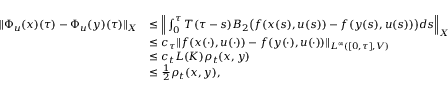
\begin{array} { r l } { \| \Phi _ { u } ( x ) ( \tau ) - \Phi _ { u } ( y ) ( \tau ) \| _ { X } } & { \leq \Big \| \int _ { 0 } ^ { \tau } T ( \tau - s ) B _ { 2 } \big ( f ( x ( s ) , u ( s ) ) - f ( y ( s ) , u ( s ) ) \big ) d s \Big \| _ { X } } \\ & { \leq c _ { \tau } \| f ( x ( \cdot ) , u ( \cdot ) ) - f ( y ( \cdot ) , u ( \cdot ) ) \| _ { L ^ { \infty } ( [ 0 , \tau ] , V ) } } \\ & { \leq c _ { t } L ( K ) \rho _ { t } ( x , y ) } \\ & { \leq \frac { 1 } { 2 } \rho _ { t } ( x , y ) , } \end{array}